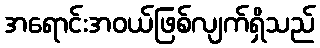
အရောင်းအဝယ်ဖြစ်လျက်ရှိသည်